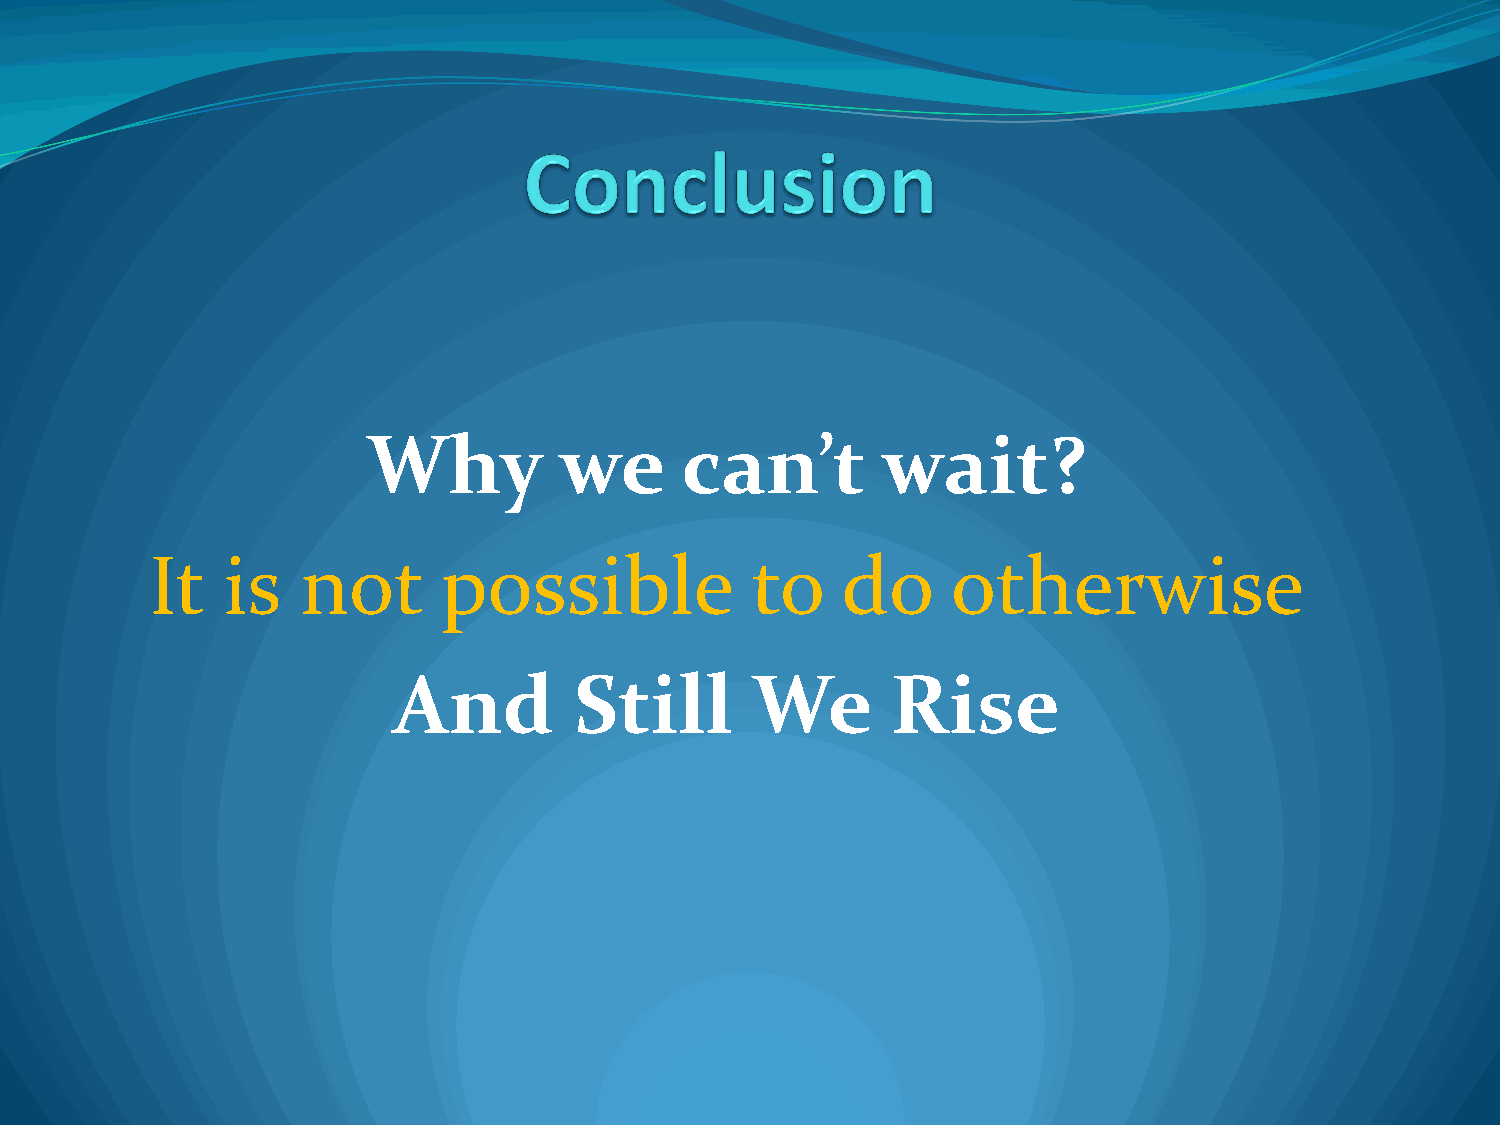
Why          we      can’t        wait?
 It   is   not      possible             to    do     otherwise
 And         Still       We       Rise